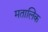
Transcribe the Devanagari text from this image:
मतालिक